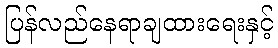
ပြန်လည်နေရာချထားရေးနှင့်